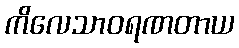
ကိလေသာဝရဏတာယ